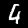
Label: 4